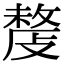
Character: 𢿍